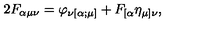
2 F _ { \alpha \mu \nu } = \varphi _ { \nu [ \alpha ; \mu ] } + F _ { [ \alpha } \eta _ { \mu ] \nu } ,